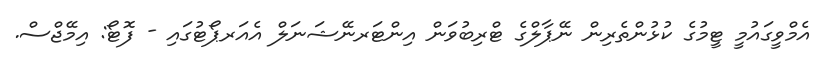
އެމްވީގައުމީ ޓީމުގެ ކުޅުންތެރިން ނޭޕާލްގެ ޓްރިބުވަން އިންޓަރނޭޝަނަލް އެއަރޕޯޓުގައި - ފޮޓޯ: އިމޭޖްސް.